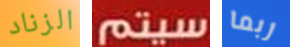
الزناد سيتم ربما